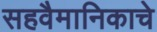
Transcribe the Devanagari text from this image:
सहवैमानिकाचे